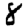
Digit: 8